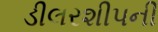
ડીલરશીપની